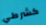
كشرطي